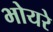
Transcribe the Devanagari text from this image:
भोयरे